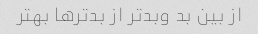
از بین بد وبدتر از بدترها بهتر